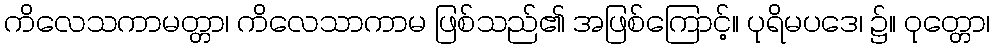
ကိလေသကာမတ္တာ၊ ကိလေသာကာမ ဖြစ်သည်၏ အဖြစ်ကြောင့်။ ပုရိမပဒေ၊ ၌။ ဝုတ္တော၊